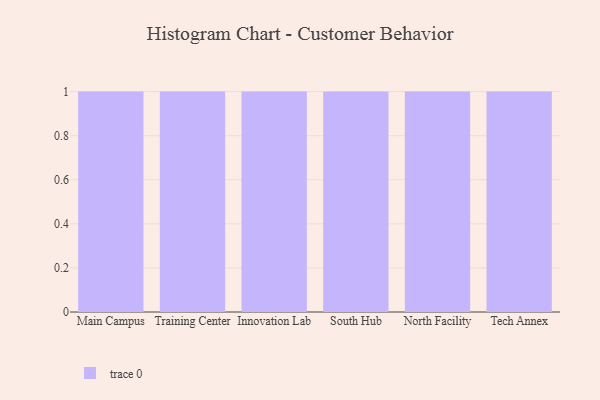
{"axis": {"x": "Campus", "y": "Conversion Rate (%)"}, "legend": [""], "data": [{"x": "Main Campus", "y": 42, "type": ""}, {"x": "Training Center", "y": 33, "type": ""}, {"x": "Innovation Lab", "y": 47, "type": ""}, {"x": "South Hub", "y": 7, "type": ""}, {"x": "North Facility", "y": 50, "type": ""}, {"x": "Tech Annex", "y": 25, "type": ""}]}